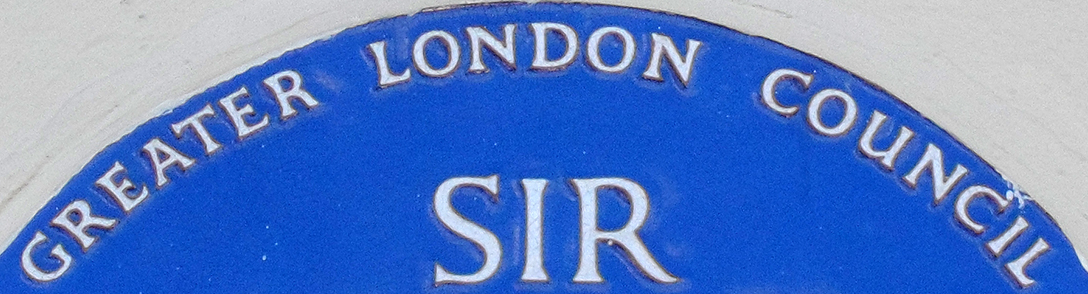
GREATER LONDON COUNCIL